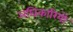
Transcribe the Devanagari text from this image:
अघिकारियों